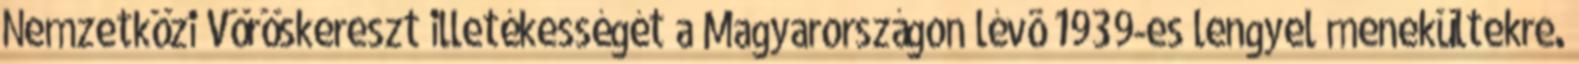
Nemzetközi Vöröskereszt illetékességét a Magyarországon lévõ 1939-es lengyel menekültekre.